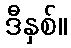
ဒီနှစ်။